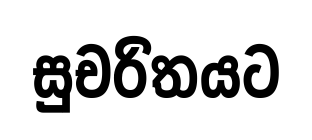
සුචරිතයට